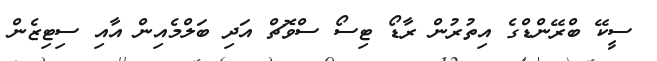
ސީކޭ ބްރޭންޑްގެ އިތުރުން ރާޑޯ ޓިސޯ ސްވޮޗް އަދި ބަލްމެއިން އާއި ސިޓިޒެން